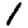
Digit: 1